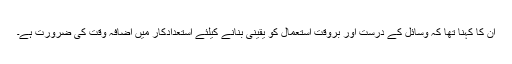
ان کا کہنا تھا کہ وسائل کے درست اور بروقت استعمال کو یقینی بنانے کیلئے استعدادکار میں اضافہ وقت کی ضرورت ہے۔